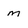
Character: m